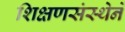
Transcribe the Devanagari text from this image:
शिक्षणसंस्थेने